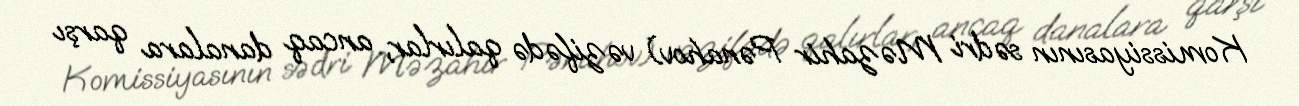
Komissiyasının sədri Məzahir Pənahov) vəzifədə qalırlar, ancaq danalara qarşı